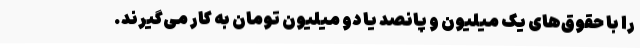
را با حقوق‌های یک میلیون و پانصد یا دو میلیون تومان به کار می‌گیرند.